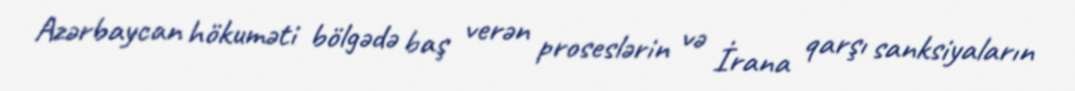
Azərbaycan hökuməti bölgədə baş verən proseslərin və İrana qarşı sanksiyaların